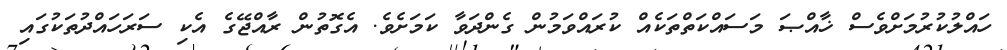
ހައްލުކުރުމަށްވެސް ޚާއްޞަ މަސައްކަތްތަކެއް ކުރައްވަމުން ގެންދަވާ ކަމަށެވެ. އެގޮތުން ރާއްޖޭގެ އެކި ސަރަހައްދުތަކުގައި